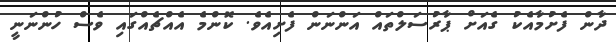
ދާން ފެށުމާއެކު ގެއަށް ޕާރުސަލްތައް އަންނަން ފެށިއެވެ. ކޮންމެ އެއްޗެއްގައި ވެސް ހުންނަނީ